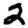
Digit: 2